Vaccination Hyderabad 1890-1903 - 1890-1903
Year: 1890
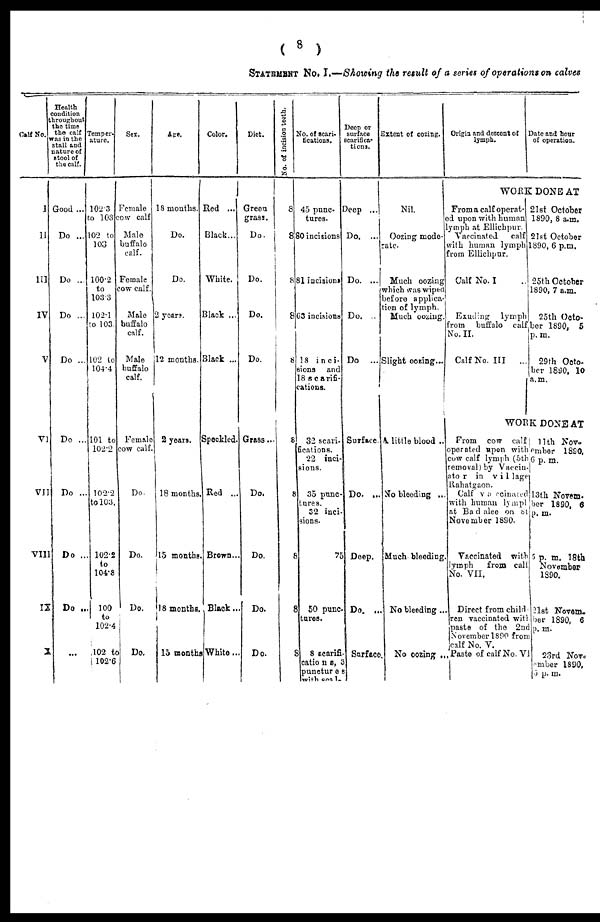
(8
)
STATEMENT NO. I.—Showing the result of a series of operations on calves
Calf No.
I
II
III
IV
V
VI
VII
VIII
IX
X
Health
condition
throughout
the time
the calf
was in the
stall and
nature of
stool of
the calf.
Good ...
Do ...
Do ...
Do ...
Do ...
Do ...
Do ...
Do ..
Do ...
...
Temper-
ature.
102.3
to 103
102 to
103
100.2
to
103.3
102.1
to 103.
102 to
104.4
101 to
102.2
102.2
to 103.
102.2
to
104.8
100
to
102.4
102 to
102.6
Sex.
Female
cow calf
Male
buffalo
calf.
Female
cow calf.
Male
buffalo
calf.
Male
buffalo
calf.
Female
cow calf.
Do.
Do.
Do.
Do.
Age.
18 months.
Do.
Do.
2 years.
12 months.
2 years.
18 months
15 months
18 months.
15 months
Color.
Red ...
Black...
White.
Black ...
Black ...
Speckled.
Red ...
Brown...
Black...
White...
Diet.
Green
grass.
Do.
Do.
Do.
Do.
Grass...
Do.
Do.
Do.
Do.
No. of incision teeth.
8
8
8
8
8
8
8
8
8
8
No. of scari-
tications.
45 punc-
tures.
80 incisions
81 incisions
63 incisions
18 inci-
sions and
18 scarifi-
cations.
32 scari.
fications.
22 inci-
sions.
35 punc¬
tures.
32 inci¬
sions.
75
50 punc¬
tures.
8 scarifi¬
catio n s, 3
punetures
with scal
Deep or
surface
scarifica-
tions.
Deep ...
Do. ...
Do. ...
Do. ..
Do ...
Surface.
Do. ...
Deep.
Do. ...
Surface.
Extent of oozing.
Nil.
Oozing mode-
rate.
Much oozing
which was wiped
before applica-
tion of lymph.
Much oozing.
Slight oozing...
A. little blood ..
No bleeding ...
Much bleeding
No bleeding...
No oozing ...
Origin and descent of
lymph.
Date and hour
of operation.
WORK DONEAT
Froma calf operat-
ed upon with human
lymph at Ellichpur.
Vaccinated
calf
with human lymph
from Ellichpur.
Calf No. I
Exuding: lymph
from buffalo calf
No. II.
Calf No. III
...
21st October
1890, 8 a.m.
21st October
1890, 6 p.m.
25th October
1890, 7 a.m.
25th Octo-
ber 1890, 5
p.m.
29th Octo.
ber 1890, 10
a.m.
WORK DONEAT
From cow calf
operated upon with
cow calf lymph (5th
removal) by Vaccin-
ator in vi1lage
Rahatgaon.
Calf vaccinated
with human lympl
at Badalee on 81
November 1890.
Vaccinated with
lymph
from calf
No. VII.
Direct from child¬
ren vaccinated with
paste of the 2nd
November 1890 from
calf No. V.
Paste of calf No. VI
11th Nov.
ember 1890.
6 p. m.
13th Novem¬
ber 1890. 6
p. m.
5 p. m. 18th
November
1890.
21st Novem-
ber 1890, 6
p. m.
23rd Nov¬
ember 1890,
5 p. m.